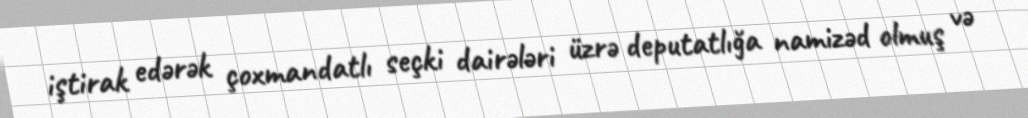
iştirak edərək çoxmandatlı seçki dairələri üzrə deputatlığa namizəd olmuş və